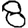
Digit: 8